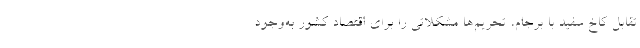
تقابل کاخ سفید با برجام، تحریم‌ها مشکلاتی را برای اقتصاد کشور به‌وجود